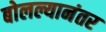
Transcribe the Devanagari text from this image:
बोलल्यानंतर